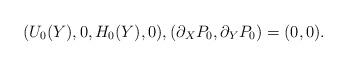
LaTeX: \begin{align*}(U_0(Y),0,H_0(Y),0),(\partial_X P_0, \partial_Y P_0)=(0, 0).\end{align*}